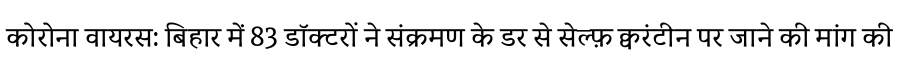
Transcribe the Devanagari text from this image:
कोरोना वायरस: बिहार में 83 डॉक्टरों ने संक्रमण के डर से सेल्फ़ क्वरंटीन पर जाने की मांग की